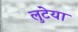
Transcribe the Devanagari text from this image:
लुटेया